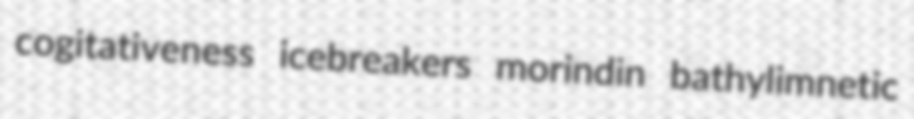
cogitativeness icebreakers morindin bathylimnetic